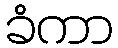
ခံကာ